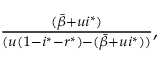
\begin{array} { r } { \frac { ( \bar { \beta } + u i ^ { * } ) } { ( u ( 1 - i ^ { * } - r ^ { * } ) - ( \bar { \beta } + u i ^ { * } ) ) } , } \end{array}